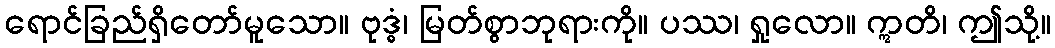
ရောင်ခြည်ရှိတော်မူသော။ ဗုဒ္ဓံ၊ မြတ်စွာဘုရားကို။ ပဿ၊ ရှုလော။ ဣတိ၊ ဤသို့။